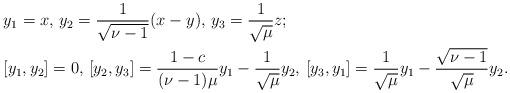
LaTeX: \begin{align*}&y_1=x, \, y_2=\frac{1}{\sqrt{\nu-1}}(x-y), \,y_3=\frac{1}{\sqrt{\mu}}z;\\&[y_1,y_2]=0, \,[y_2,y_3]=\frac{1-c}{(\nu-1)\mu}y_1-\frac{1}{\sqrt{\mu}}y_2, \,[y_3,y_1]=\frac{1}{\sqrt{\mu}}y_1-\frac{\sqrt{\nu-1}}{\sqrt{\mu}}y_2.\end{align*}